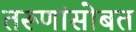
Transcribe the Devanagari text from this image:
तरूणांसोबत